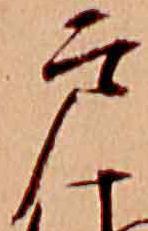
戸